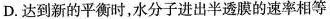
D.达到新的平衡时，水分子进出半透膜的速率相等